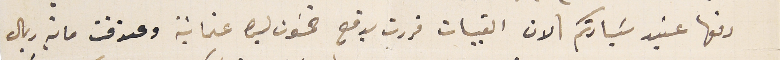
دفعها عنيد سَيادتكم \ لان القبيات قررت بدفع خمسَون ليرة عثمانية وعندقت ماية ريال